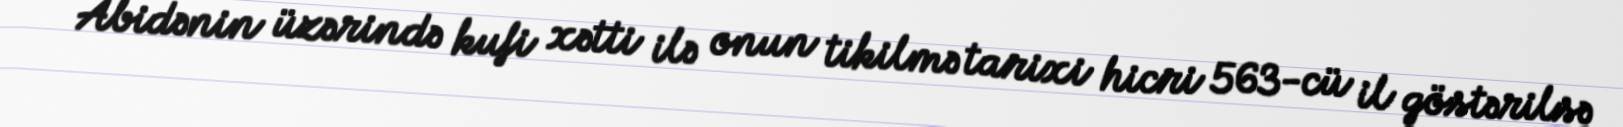
Abidənin üzərində kufi xətti ilə onun tikilmə tarixi hicri 563-cü il göstərilsə